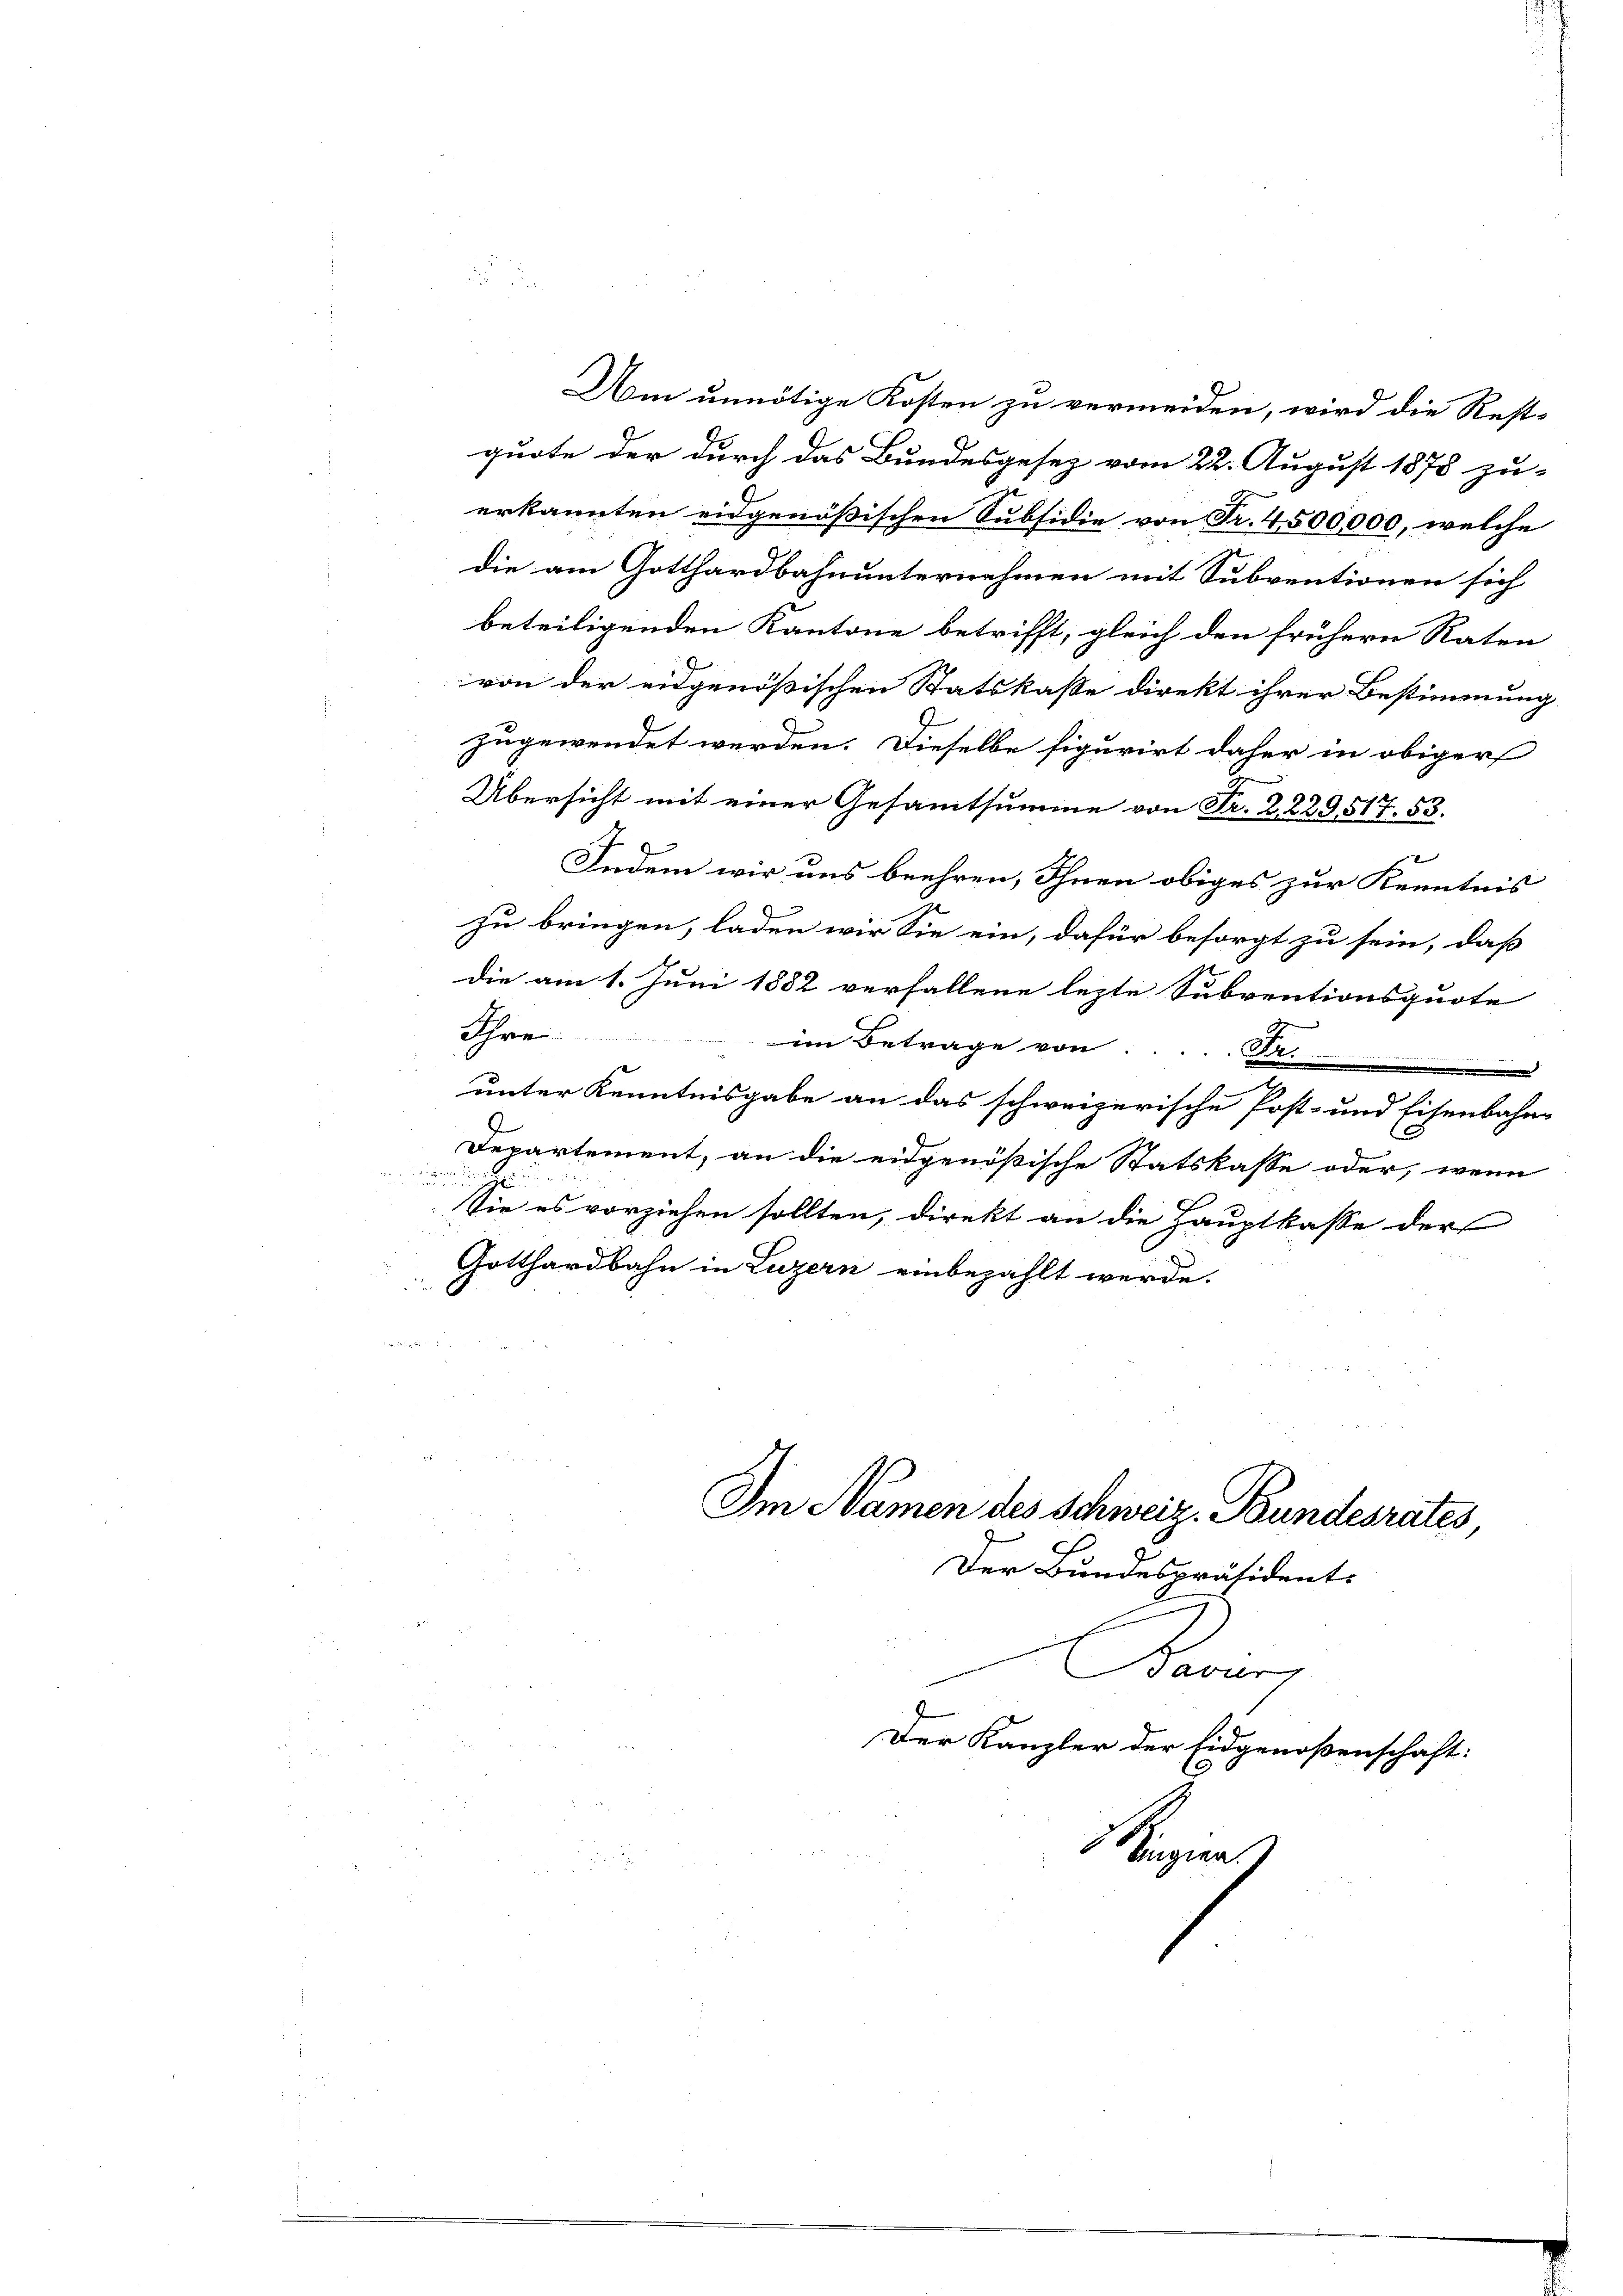
Am unnötige Kosten zu vermeiden, wird die Rest-
quote der durch das Bundesgesez vom 22. August 1878 zu-
erkannten eidgenößischen Subsidie von Fr. 4500,000, welche
die am Gotthardbahnunternehmen mit Subventionen sich
beteiligenden Kantone betrifft, gleich den frühern Raten
von der eidgenößischen Statskasse direkt ihrer Bestimmung
zugewendet werden. Dieselbe figurirt daher in obiger
Übersicht mit einer Gesammtsumme von Fr. 2229,517. 53.
Indem wir uns beehren, Ihnen obiges zur Kenntnis
zu bringen, laden wir Sie ein, dafür besorgt zu sein, daß
die am 1. Juni 1882 verfallene lezte Subventionsquote
Ihre im Betrage von..... Fr.
u
unter Kenntnisgabe an das schweizerische Post- und Eisenbahn-
Departement, an die eidgenößische Statskasse oder, wenn
Sie es vorziehen sollten, direkt an die Hauptkasse der
Gotthardbahn in Luzern einbezahlt werde.

Im Namen des Schweiz. Bundesrates,
Der Bundespräsidents

Baviers
Der Kanzler der Eidgenoßenschaft:
Maziers